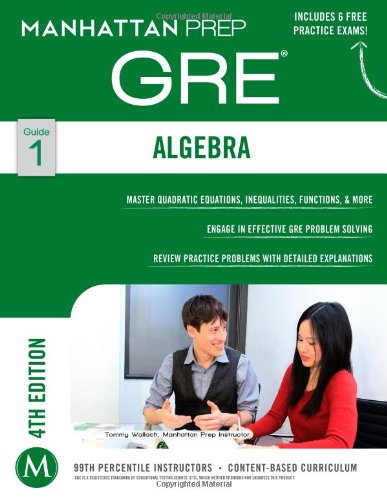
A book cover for Algebra GRE Strategy Guide (Manhattan Prep GRE Strategy Guides); Manhattan Prep; Test Preparation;